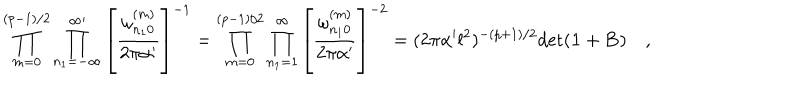
\prod _ { m = 0 } ^ { ( p - 1 ) / 2 } \prod _ { n _ { 1 } = - \infty } ^ { \infty \prime } \left[ { \frac { \omega _ { n _ { 1 } 0 } ^ { ( m ) } } { 2 \pi \alpha ^ { \prime } } } \right] ^ { - 1 } = \prod _ { m = 0 } ^ { ( p - 1 ) / 2 } \prod _ { n _ { 1 } = 1 } ^ { \infty } \left[ { \frac { \omega _ { n _ { 1 } 0 } ^ { ( m ) } } { 2 \pi \alpha ^ { \prime } } } \right] ^ { - 2 } = ( 2 \pi \alpha ^ { \prime } l ^ { 2 } ) ^ { - ( p + 1 ) / 2 } \mathrm { d e t } ( { \bf 1 } + { \bf B } ) \quad ,